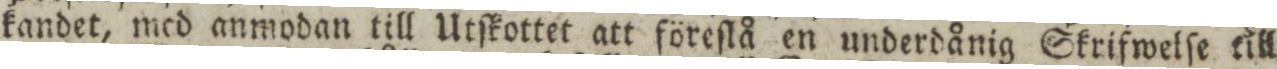
kandet, med anmodan till Utſkottet att föreſlå en underdånig Skrifwelſe till